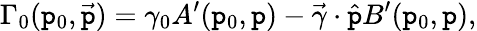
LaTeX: \Gamma_{0}(\mathtt{p}_{0},\vec{{\mathtt{p}}})=\gamma_{0}A^{\prime}(\mathtt{p}_{0},\mathtt{p})-\vec{{\gamma}}\cdot\hat{{\mathtt{p}}}B^{\prime}(\mathtt{p}_{0},\mathtt{p}),